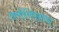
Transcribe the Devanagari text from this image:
तामौलिपासच्या